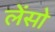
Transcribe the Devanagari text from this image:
लेंसो